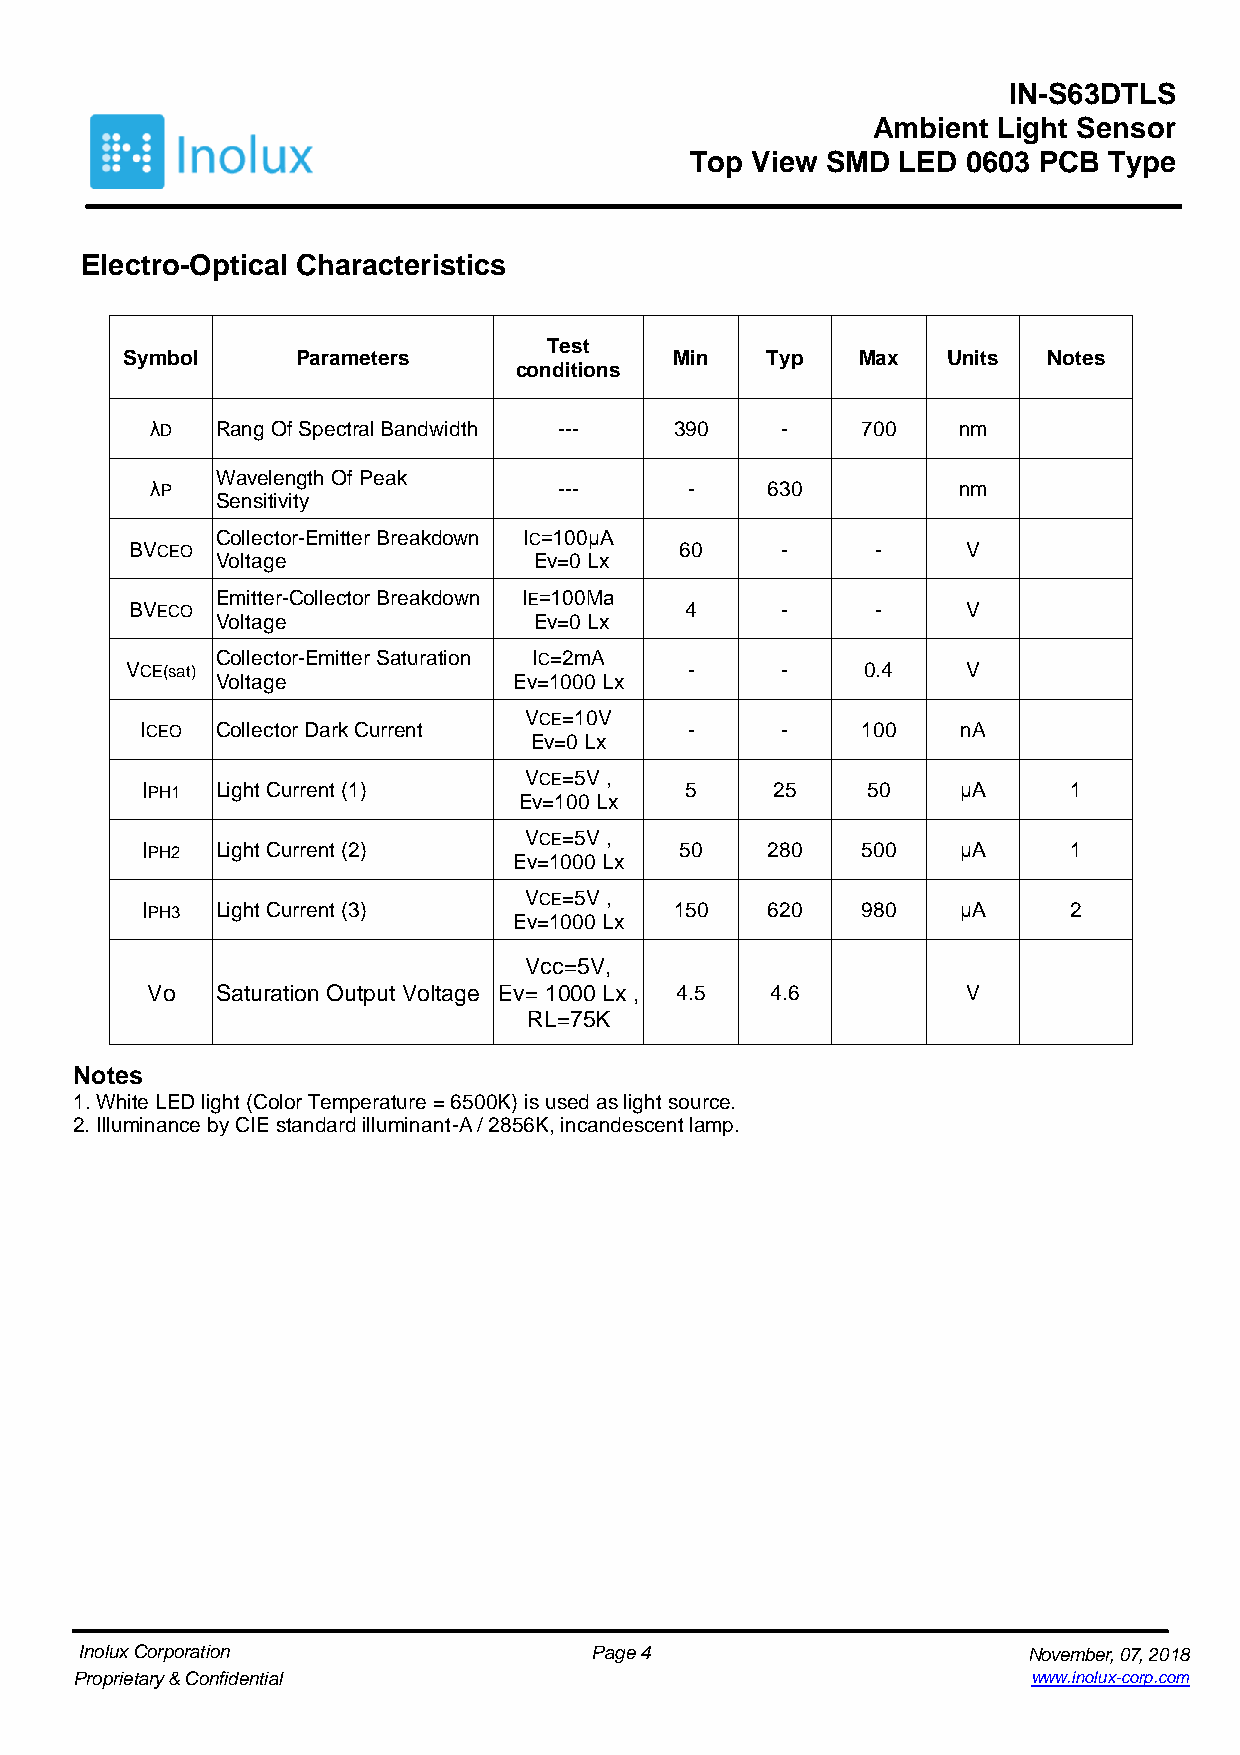
IN-S63DTLS
 Ambient Light Sensor
 Top View SMD LED  0603 PCB Type
 Electro-Optical Characteristics
 Test
 Symbol      Parameters               Min   Typ   Max   Units Notes
 conditions
 λD  Rang Of Spectral Bandwidth --- 390    -    700   nm
 Wavelength Of Peak
 λP                         ---      -    630         nm
 Sensitivity
 Collector-Emitter Breakdown IC=100μA
 BVCEO                               60     -     -     V
 Voltage              Ev=0 Lx
 Emitter-Collector Breakdown IE=100Μa
 BVECO                               4      -     -     V
 Voltage              Ev=0 Lx
 Collector-Emitter Saturation IC=2mA
 VCE(sat)                              -     -    0.4    V
 Voltage             Ev=1000 Lx
 VCE=10V
 ICEO Collector Dark Current          -     -    100    nA
 Ev=0 Lx
 VCE=5V ,
 IPH1 Light Current (1)              5     25    50     μA     1
 Ev=100 Lx
 VCE=5V ,
 IPH2 Light Current (2)              50    280   500    μA     1
 Ev=1000 Lx
 VCE=5V ,
 IPH3 Light Current (3)              150   620   980    μA     2
 Ev=1000 Lx
 Vcc=5V,
 Vo  Saturation Output Voltage Ev= 1000 Lx , 4.5 4.6   V
 RL=75K
 Notes
 1. White LED light (Color Temperature = 6500K) is used as light source.
 2. Illuminance by CIE standard illuminant-A / 2856K, incandescent lamp.
 Inolux Corporation                Page 4                       November, 07, 2018
 Proprietary & Confidential                                     www.inolux-corp.com